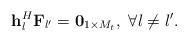
LaTeX: \begin{align*} {{\bf{h}}_l^H}{{\bf{F}}_{l'}} = {{\bf{0}}_{1 \times M_t}},\ \forall l \ne l'. \end{align*}